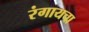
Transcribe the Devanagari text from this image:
रंगायचा